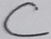
Text: C